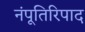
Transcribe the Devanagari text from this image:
नंपूतिरिपाद